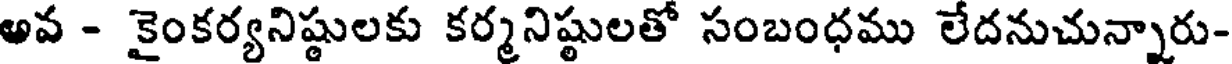
అవ - కైంకర్యనిష్ఠులకు కర్మనిష్ఠులతో సంబంధము లేదనుచున్నారు-